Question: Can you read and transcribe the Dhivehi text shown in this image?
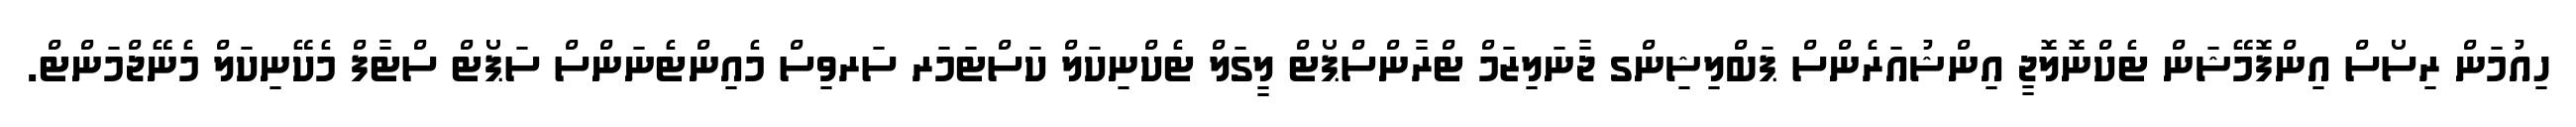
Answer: ހިއުމަން ރިސޯސް އިންފޮމޭޝަން ޓެކްނޮލޮޖީ އިންޝުއަރެންސް ޕަބްލިޝިންގ ޖާނަލިޒަމް ޓްރާންސްޕޯޓް ލީގަލް ޓެކްނިކަލް ކަސްޓަމަރ ސަރވިސް މެއިންޓެނަންސް ސަޕޯޓް ސްޓާފް މެކޭނިކަލް މެނޭޖްމަންޓް.